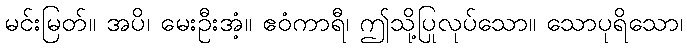
မင်းမြတ်။ အပိ၊ မေးဦးအံ့။ ဧဝံကာရီ၊ ဤသို့ပြုလုပ်သော။ သောပုရိသော၊